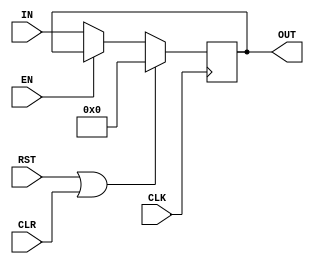
module RG #(parameter BL = 32)
          (input CLK, RST, EN, CLR,
           input [BL-1:0] IN,
           output reg [BL-1:0] OUT);

// Internal Connection:  
reg [BL-1:0] INA;         
           
always @ * 
    if (RST || CLR)
        INA = 0;
    else if (!EN)
        INA = IN;
    else 
        INA = OUT;
/*
    if (RST)
        INA = 0;
    else begin
        if (!EN)
            INA = IN;
        else 
            INA = INA;
        if (CLR)
            INA = 0;
    end
*/
    
always @ (posedge CLK)
    OUT <= INA;

endmodule